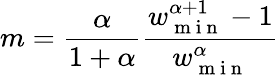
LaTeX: m=\frac{\alpha}{1+\alpha}\frac{w_{\mathrm{~m~i~n~}}^{\alpha+1}-1}{w_{\mathrm{~m~i~n~}}^{\alpha}}